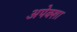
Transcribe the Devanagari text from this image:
अपेक्शा